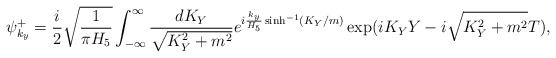
\begin{align*}\psi^+_{k_y}=\frac{i}{2} \sqrt{\frac{1}{\pi H_5}}\int_{-\infty}^{\infty} \frac{dK_Y}{\sqrt{K_Y^2+m^2}} e^{i {k_y\over H_5}\sinh^{-1}(K_Y/m)} \exp(iK_Y Y -i \sqrt{K_Y^2+m^2} T),\end{align*}